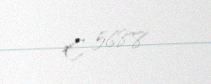
€ 5688